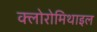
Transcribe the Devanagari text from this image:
क्लोरोमिथाइल